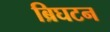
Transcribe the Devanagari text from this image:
ब्रिघटन